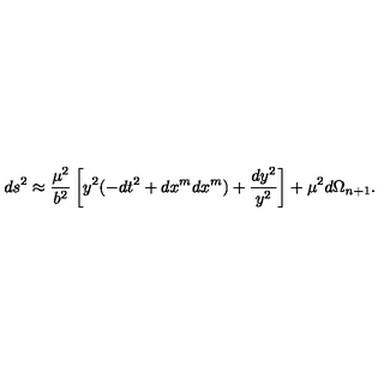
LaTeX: d s ^ { 2 } \approx { \frac { \mu ^ { 2 } } { b ^ { 2 } } } \left[ y ^ { 2 } ( - d t ^ { 2 } + d x ^ { m } d x ^ { m } ) + { \frac { d y ^ { 2 } } { y ^ { 2 } } } \right] + \mu ^ { 2 } d \Omega _ { n + 1 } .